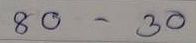
80 - 30